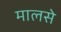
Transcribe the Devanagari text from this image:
मालसे